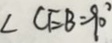
\angle C E B = 9 0 ^ { \circ }